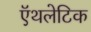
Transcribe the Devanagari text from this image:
ऍथलेटिक